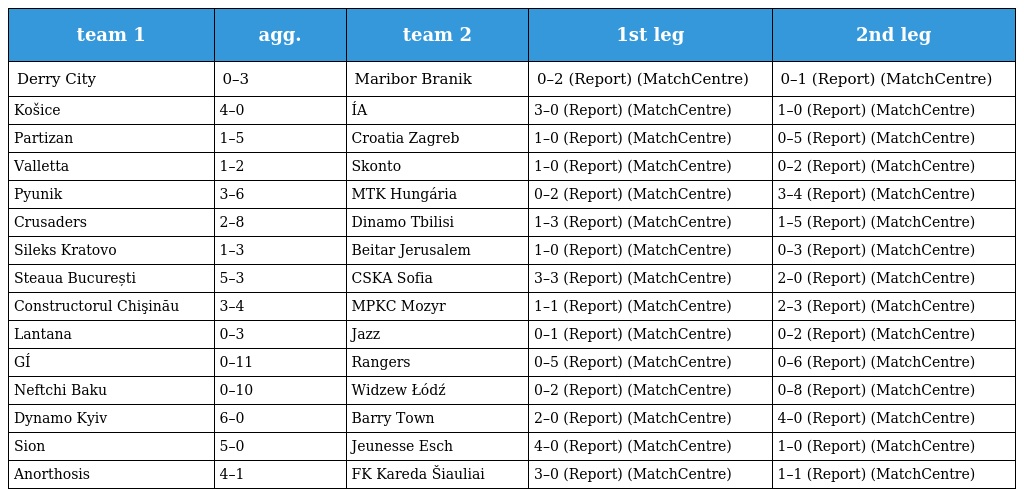
| team 1 | agg. | team 2 | 1st leg | 2nd leg |
 | --- | --- | --- | --- | --- |
 | Derry City | 0–3 | Maribor Branik | 0–2 (Report) (MatchCentre) | 0–1 (Report) (MatchCentre) |
 | Košice | 4–0 | ÍA | 3–0 (Report) (MatchCentre) | 1–0 (Report) (MatchCentre) |
 | Partizan | 1–5 | Croatia Zagreb | 1–0 (Report) (MatchCentre) | 0–5 (Report) (MatchCentre) |
 | Valletta | 1–2 | Skonto | 1–0 (Report) (MatchCentre) | 0–2 (Report) (MatchCentre) |
 | Pyunik | 3–6 | MTK Hungária | 0–2 (Report) (MatchCentre) | 3–4 (Report) (MatchCentre) |
 | Crusaders | 2–8 | Dinamo Tbilisi | 1–3 (Report) (MatchCentre) | 1–5 (Report) (MatchCentre) |
 | Sileks Kratovo | 1–3 | Beitar Jerusalem | 1–0 (Report) (MatchCentre) | 0–3 (Report) (MatchCentre) |
 | Steaua București | 5–3 | CSKA Sofia | 3–3 (Report) (MatchCentre) | 2–0 (Report) (MatchCentre) |
 | Constructorul Chişinău | 3–4 | MPKC Mozyr | 1–1 (Report) (MatchCentre) | 2–3 (Report) (MatchCentre) |
 | Lantana | 0–3 | Jazz | 0–1 (Report) (MatchCentre) | 0–2 (Report) (MatchCentre) |
 | GÍ | 0–11 | Rangers | 0–5 (Report) (MatchCentre) | 0–6 (Report) (MatchCentre) |
 | Neftchi Baku | 0–10 | Widzew Łódź | 0–2 (Report) (MatchCentre) | 0–8 (Report) (MatchCentre) |
 | Dynamo Kyiv | 6–0 | Barry Town | 2–0 (Report) (MatchCentre) | 4–0 (Report) (MatchCentre) |
 | Sion | 5–0 | Jeunesse Esch | 4–0 (Report) (MatchCentre) | 1–0 (Report) (MatchCentre) |
 | Anorthosis | 4–1 | FK Kareda Šiauliai | 3–0 (Report) (MatchCentre) | 1–1 (Report) (MatchCentre) |